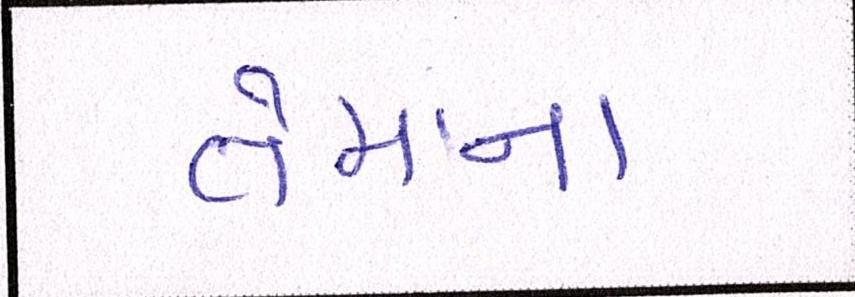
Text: તેમાંના